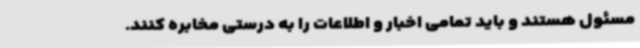
مسئول هستند و باید تمامی اخبار و اطلاعات را به درستی مخابره کنند.